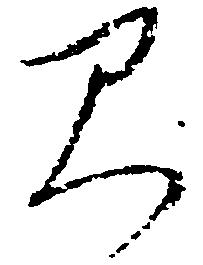
見